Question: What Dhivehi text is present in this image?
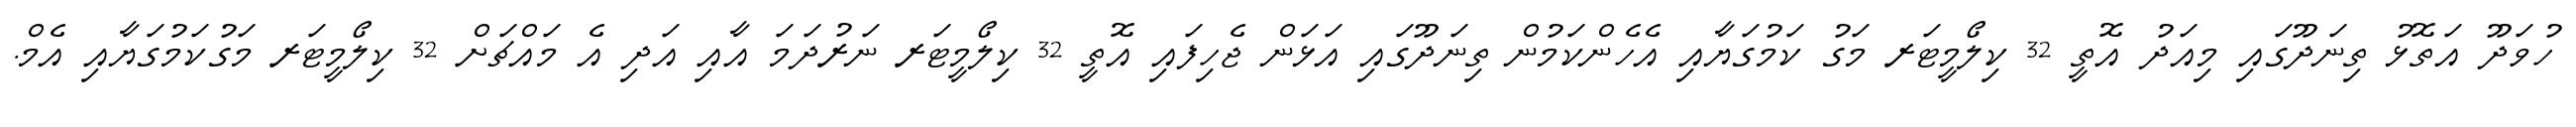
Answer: ހުވަދޫ އަތޮޅު ތިނަދޫގައި މިއަދު އޮތީ 32 ކިލޯމީޓަރ މަގު ކަމުގަޔާއި އެހެންކަމުން ތިނަދޫގައި އަޅަން ޖެހިފައި އޮތީ 32 ކިލޯމީޓަރ ނަރުދަމަ އާއި އަދި އެ މައްޗަށް 32 ކިލޯމީޓަރ މަގުކަމުގަޔާއި އެމް.